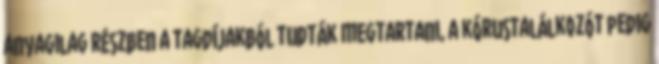
anyagilag részben a tagdíjakból tudták megtartani, a kórustalálkozót pedig